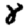
Digit: 8